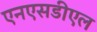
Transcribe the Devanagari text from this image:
एनएसडीएल